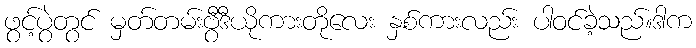
ဖွင့်ပွဲတွင် မှတ်တမ်းဗွီဒီယိုကားတိုလေး နှစ်ကားလည်း ပါဝင်ခဲ့သည်။ဒါက